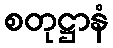
စတုဋ္ဌာနံ